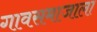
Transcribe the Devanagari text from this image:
गावसमाजाला